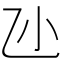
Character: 𠃝